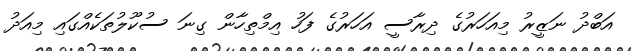
އަބްދު ނަޒީރު މިއަހަރުގެ ދިރާސީ އަހަރުގެ ފަހު އިމްތިހާން ގިނަ ސުކޫލުތަކެއްގައި މިއަދު